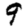
Digit: 9